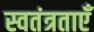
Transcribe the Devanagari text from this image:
स्वतंत्रताएँ